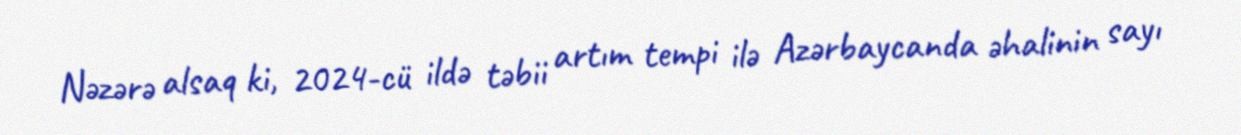
Nəzərə alsaq ki, 2024-cü ildə təbii artım tempi ilə Azərbaycanda əhalinin sayı